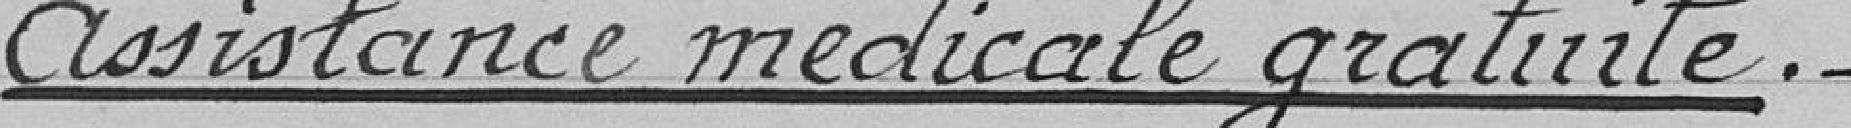
Assistance médicale gratuite